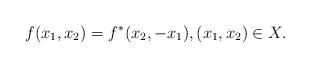
LaTeX: \begin{align*}f(x_1,x_2)=f^*(x_2,-x_1),(x_1,x_2)\in X. \end{align*}